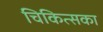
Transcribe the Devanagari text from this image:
चिकित्सका